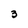
Character: 3